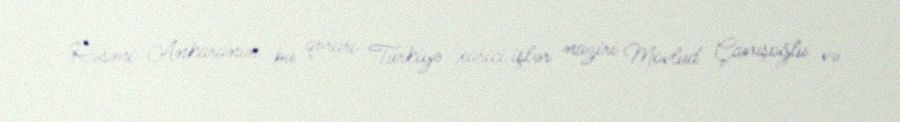
Rəsmi Ankaranın bu qərarı Türkiyə xarici işlər naziri Mövlud Çavuşoğlu və